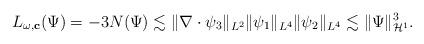
LaTeX: \begin{align*}L_{\omega,\mathbf{c}}(\Psi)=-3N(\Psi)\lesssim \|\nabla \cdot \psi_3\|_{L^2}\|\psi_1\|_{L^4}\|\psi_2\|_{L^4}\lesssim \|\Psi\|_{\mathcal{H}^1}^3. \end{align*}